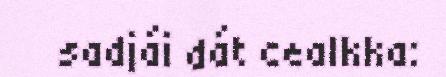
sadjái dát cealkka: